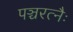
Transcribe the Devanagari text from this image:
पञ्चरत्नैः